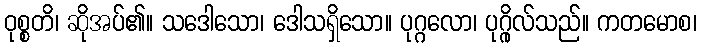
ဝုစ္စတိ၊ ဆိုအပ်၏။ သဒေါသော၊ ဒေါသရှိသော။ ပုဂ္ဂလော၊ ပုဂ္ဂိုလ်သည်။ ကတမောစ၊